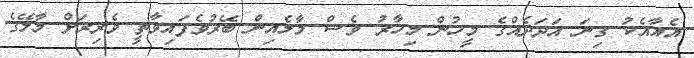
އެއާއެކު ގިނަ އަދަދެއްގެ މީހުން މިހާރު ވެސް މާލެއިން ބޭރުވެފައިވާތީ ވެރިރަށް މާލޭގެ